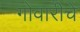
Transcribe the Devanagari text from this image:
गोवारीचे